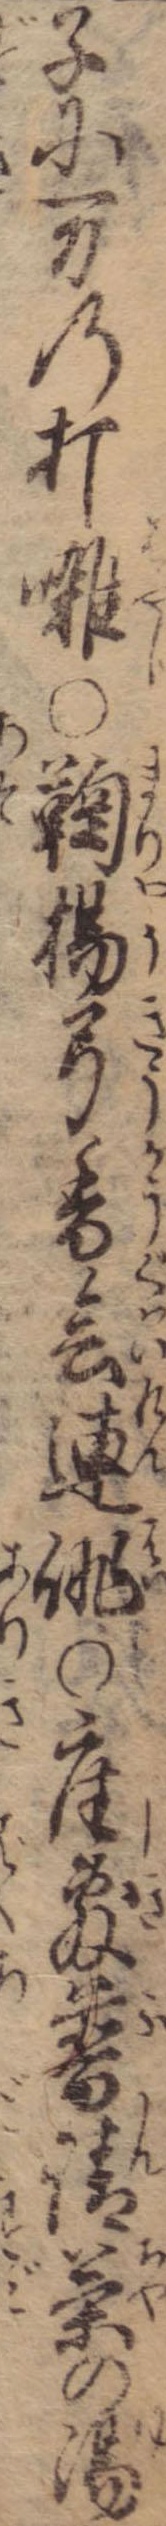
子に万の打囃〇鞠楊弓香会連誹〇座敷普請茶の湯